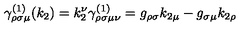
\gamma _ { \rho \sigma \mu } ^ { ( 1 ) } ( k _ { 2 } ) = k _ { 2 } ^ { \nu } \gamma _ { \rho \sigma \mu \nu } ^ { ( 1 ) } = g _ { \rho \sigma } k _ { 2 \mu } - g _ { \sigma \mu } k _ { 2 \rho }